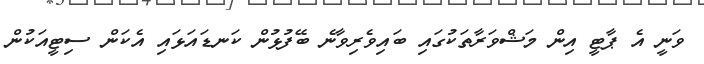
ވަނީ އެ ޕާޓީ އިން މަޝްވަރާތަކުގައި ބައިވެރިވާނެ ބޭފުޅުން ކަނޑައަޅައި އެކަން ސިޓީއަކުން